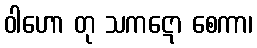
ဝါဟော တု သကဋော စေကာ၊